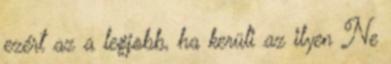
ezért az a legjobb, ha kerüli az ilyen Ne